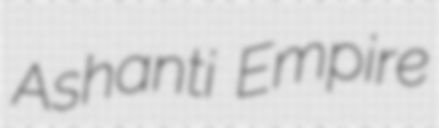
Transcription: Ashanti Empire